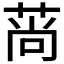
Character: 𦰱